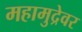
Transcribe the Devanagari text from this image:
महामुद्रेवर